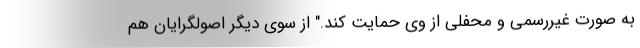
به صورت غیررسمی و محفلی از وی حمایت کند." از سوی دیگر اصولگرایان هم